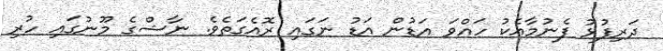
ދަރިފުޅު ފެނުމާއެކު ހައްވަ އަޑުން އަޑު ނަަގައި ރޮއެގަތެވެ. ނާޝްގެ މޫނުގައި ހުރި